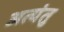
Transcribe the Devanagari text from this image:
अत्यंतु